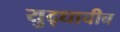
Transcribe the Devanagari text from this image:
युद्धाचीच